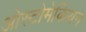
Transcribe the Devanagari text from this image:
ओस्टोमेकियन